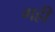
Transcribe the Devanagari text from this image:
गह्री